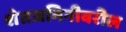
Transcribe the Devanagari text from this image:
शेतजमिनीवरील